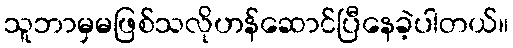
သူဘာမှမဖြစ်သလိုဟန်ဆောင်ပြီနေခဲ့ပါတယ်။